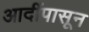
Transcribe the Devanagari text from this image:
आदींपासून